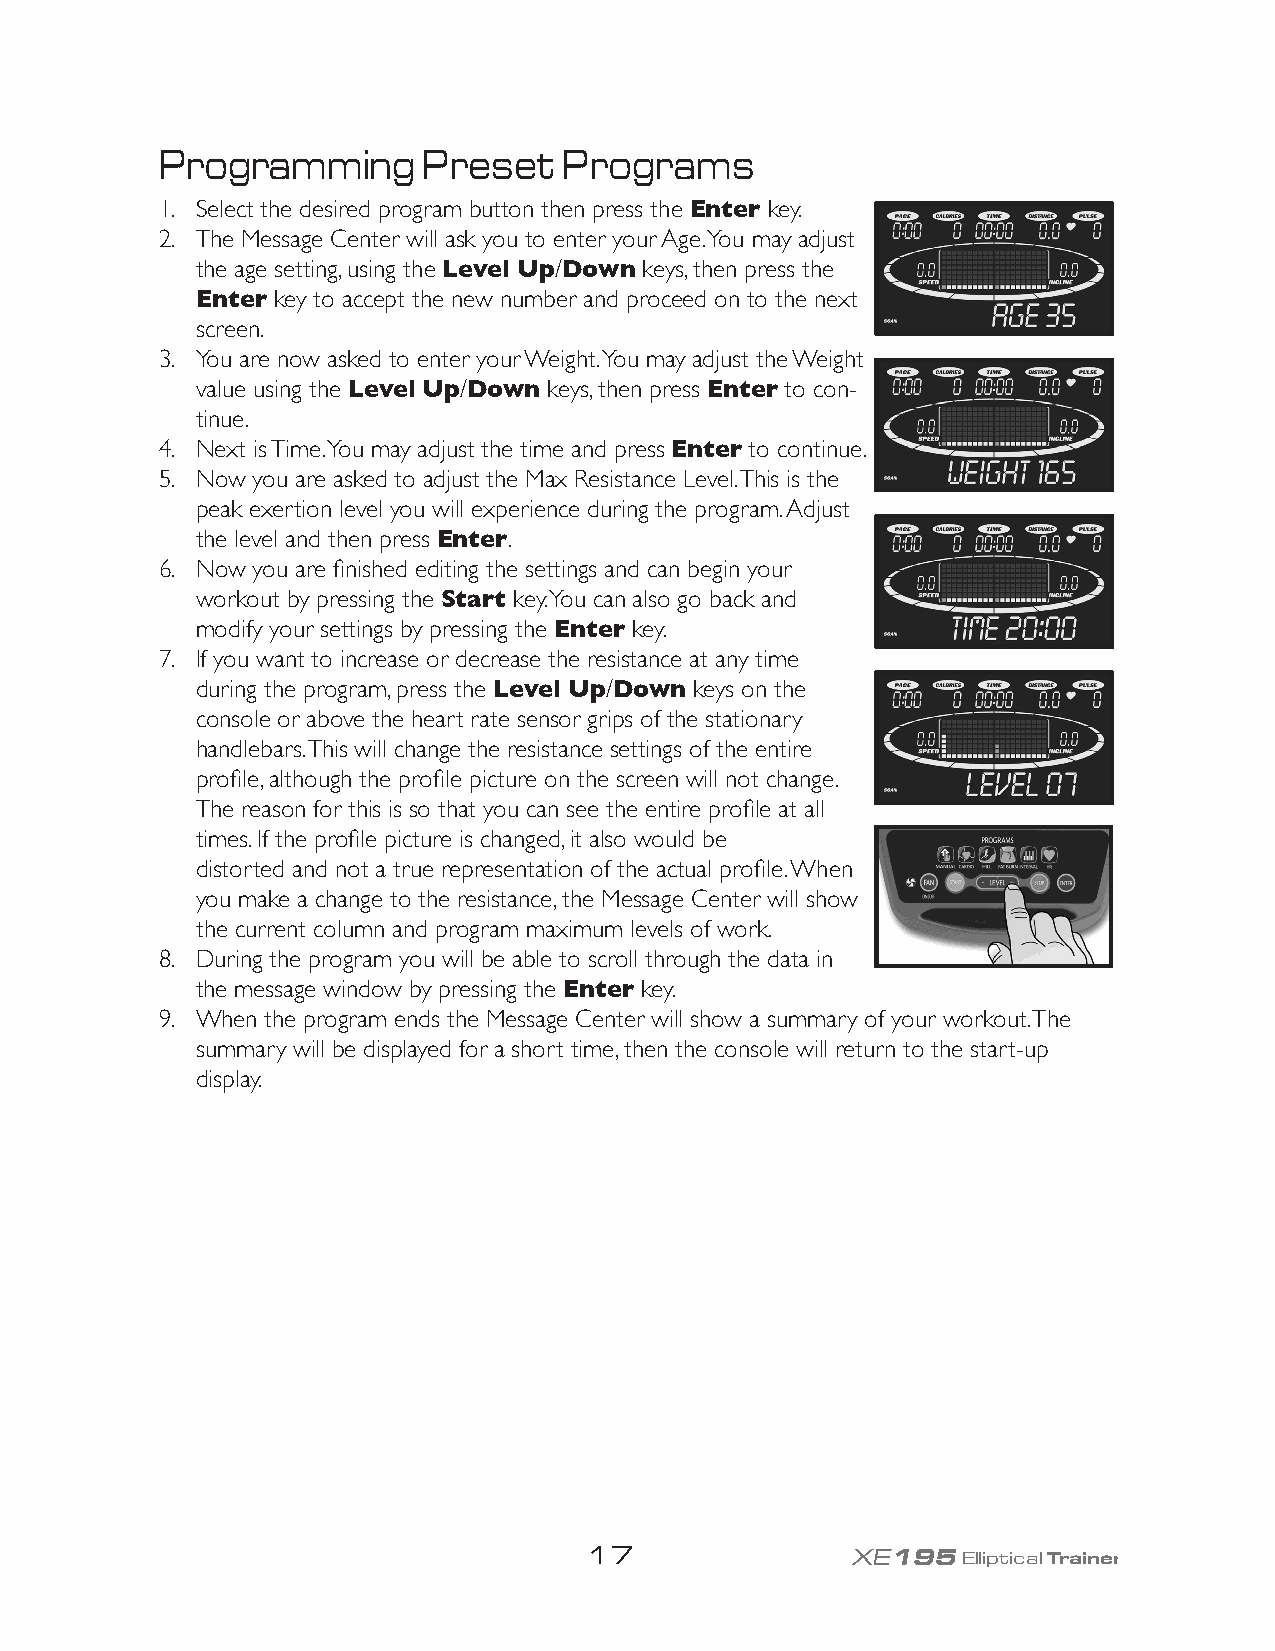
Programming      Preset   Programs
 1. Select the desired program button then press the Enter key.
 2. The Message Center will ask you to enter your Age. You may adjust
 the age setting, using the Level Up/Down keys, then press the
 Enter key to accept the new number and proceed on to the next
 screen.
 3. You are now asked to enter your Weight. You may adjust the Weight
 value using the Level Up/Down keys, then press Enter to con-
 tinue.
 4. Next is Time. You may adjust the time and press Enter to continue.
 5. Now you are asked to adjust the Max Resistance Level. This is the
 peak exertion level you will experience during the program. Adjust
 the level and then press Enter.
 6. Now you are finished editing the settings and can begin your
 workout by pressing the Start key. You can also go back and
 modify your settings by pressing the Enter key.
 7. If you want to increase or decrease the resistance at any time
 during the program, press the Level Up/Down keys on the
 console or above the heart rate sensor grips of the stationary
 handlebars. This will change the resistance settings of the entire
 profile, although the profile picture on the screen will not change.
 The reason for this is so that you can see the entire profile at all
 times. If the profile picture is changed, it also would be
 distorted and not a true representation of the actual profile. When
 you make a change to the resistance, the Message Center will show
 the current column and program maximum levels of work.
 8. During the program you will be able to scroll through the data in
 the message window by pressing the Enter key.
 9. When the program ends the Message Center will show a summary of your workout. The
 summary will be displayed for a short time, then the console will return to the start-up
 display.
 17               XE195Elliptical Trainer